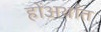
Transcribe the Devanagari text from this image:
होंअर्थात